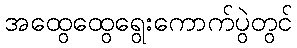
အထွေထွေရွေးကောက်ပွဲတွင်